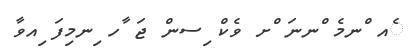
ެއ ްނމެ ްނނަ ްށ ވެކް ިސން ޖަ ާހ ިނމިފަ ިއވާ